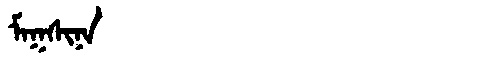
Manchu: ᠮᠠᡴᠰᡳᠨᠠ
Romanization: MAKSINA